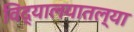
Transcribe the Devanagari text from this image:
विद्यालयातल्या